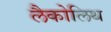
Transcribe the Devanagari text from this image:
लैकोलिथ